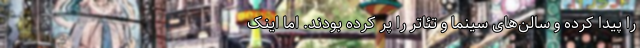
را پیدا کرده و سالن‌های سینما و تئاتر را پر کرده بودند. اما اینک